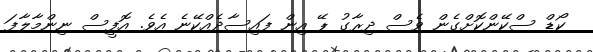
ކޯޑް ސްކޭންކޮށްގެން ވެސް ދިރާގު ޕޭ އިން ފައިސާދެއްކޭނެ އެވެ. އޮފީސް ނިންމާލާފަ